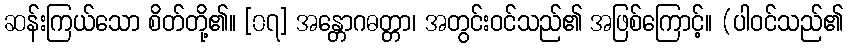
ဆန်းကြယ်သော စိတ်တို့၏။ [၀၇] အန္တောဂဓတ္တာ၊ အတွင်းဝင်သည်၏ အဖြစ်ကြောင့်။ (ပါဝင်သည်၏